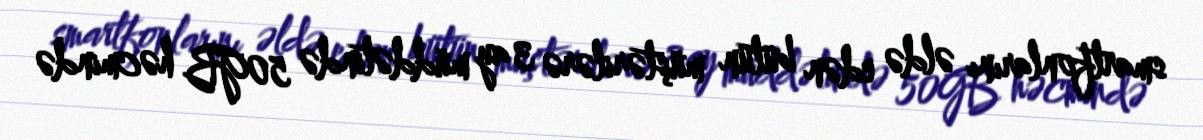
smartfonlarını əldə edən bütün müştərilərə 3 ay müddətində 50GB həcmində